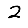
Digit: 2